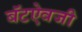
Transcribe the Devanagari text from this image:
बॅटऐवजी